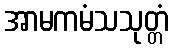
အာမကမံသသုတ္တံ